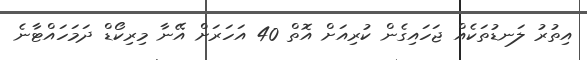
އިތުރު ލަނޑުތަކެއް ޖަހައިގެން ކުރިއަށް އޮތް 40 އަހަރަށް އޭނާ މިރިކޯޑް ދަމަހައްޓާނެ